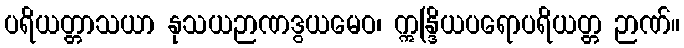
ပရိယတ္တာသယာ နုသယဉာဏဒွယမေဝ၊ ဣန္ဒြိယပရောပရိယတ္တ ဉာဏ်။